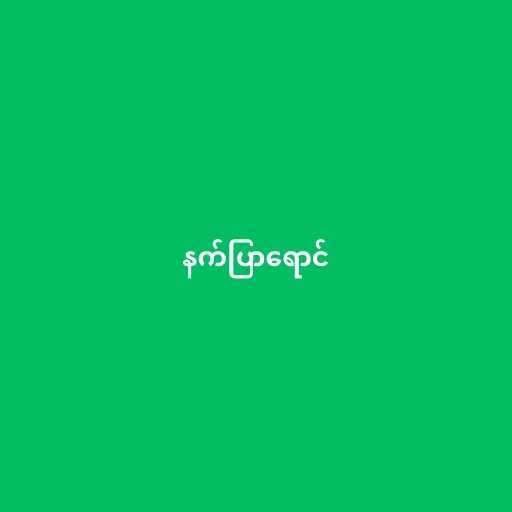
နက်ပြာရောင်